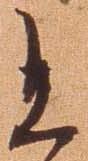
且